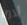
لاما